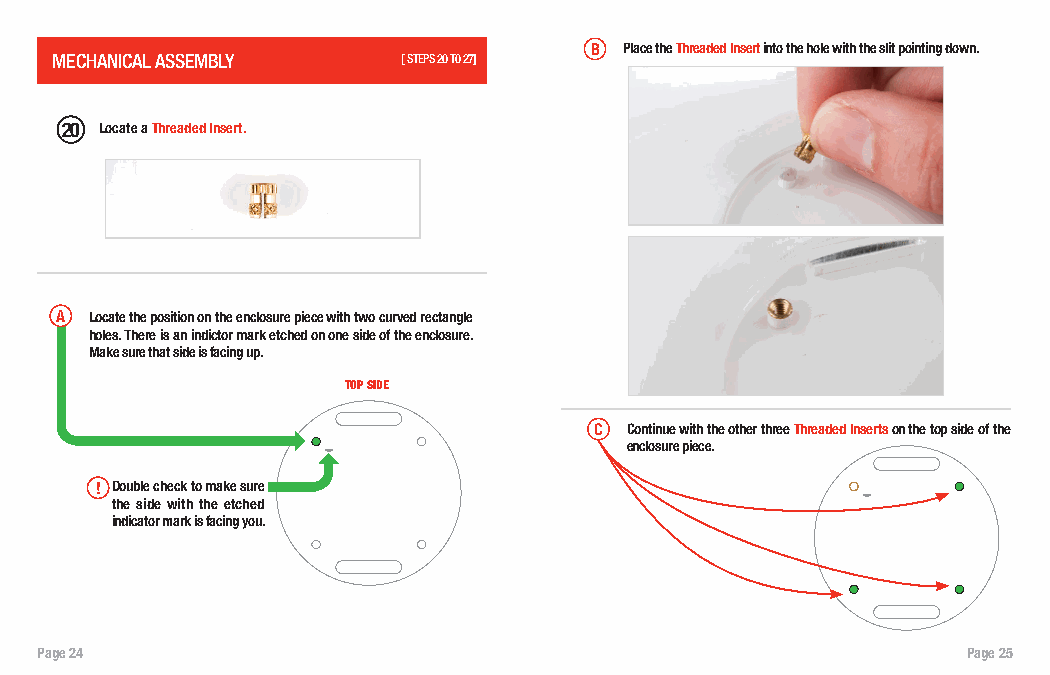
B Place the Threaded Insert into the hole with the slit pointing down.
 MECHANICAL ASSEMBLY     [ [SSTTEEPPSS 2 10 T T00 1 217]]
 20 Locate a Threaded Insert.
 A Locate the position on the enclosure piece with two curved rectangle
 holes. There is an indictor mark etched on one side of the enclosure.
 Make sure that side is facing up.
 TOP SIDE
 C Continue with the other three Threaded Inserts on the top side of the
 enclosure piece.
 ! Double check to make sure
 the side with the etched
 indicator mark is facing you.
 Page 24                                                       Page 25